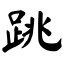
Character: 跳